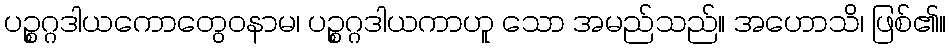
ပဉ္စဂ္ဂဒါယကောတွေဝနာမ၊ ပဉ္စဂ္ဂဒါယကာဟူ သော အမည်သည်။ အဟောသိ၊ ဖြစ်၏။